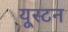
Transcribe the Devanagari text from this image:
यूस्टन